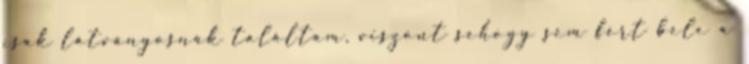
csak látványosnak találtam, viszont sehogy sem fért bele a